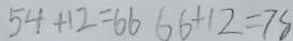
5 4 + 1 2 = 6 6 6 6 + 1 2 = 7 8